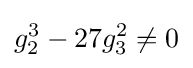
g_{2}^{3}-27g_{3}^{2}\neq 0